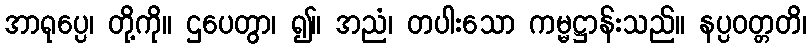
အာရုပ္ပေ၊ တို့ကို။ ဌပေတွာ၊ ၍။ အညံ၊ တပါးသော ကမ္မဋ္ဌာန်းသည်။ နပ္ပဝတ္တတိ၊